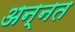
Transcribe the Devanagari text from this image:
अन्नत